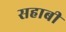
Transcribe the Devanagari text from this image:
सहाबी